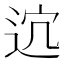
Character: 𨒆